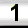
Digit: 1